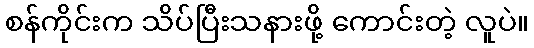
စန်ကိုင်းက သိပ်ပြီးသနားဖို့ ကောင်းတဲ့ လူပဲ။